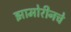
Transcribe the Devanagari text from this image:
झामोरीनचे